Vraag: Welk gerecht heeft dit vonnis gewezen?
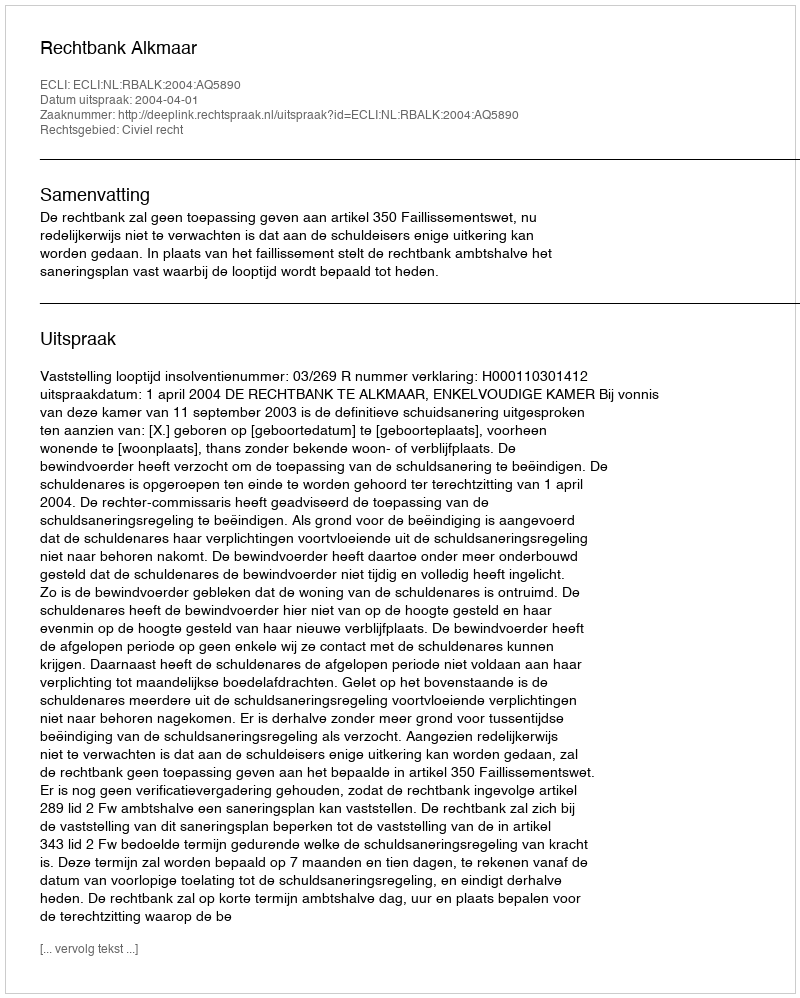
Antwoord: Rechtbank Alkmaar